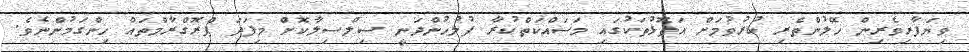
ވިޔަފާރިވެރިން ހޭލުންތެރި ކުރުވުމަށް އަތޮޅުތަކުގައި މަސައްކަތްކުރާ ފުލުހުންދަނީ ސިލްސިލާކޮށް މިފަދަ ޕްރޮގްރާމްތައް ހިންގަމުންނެވެ.